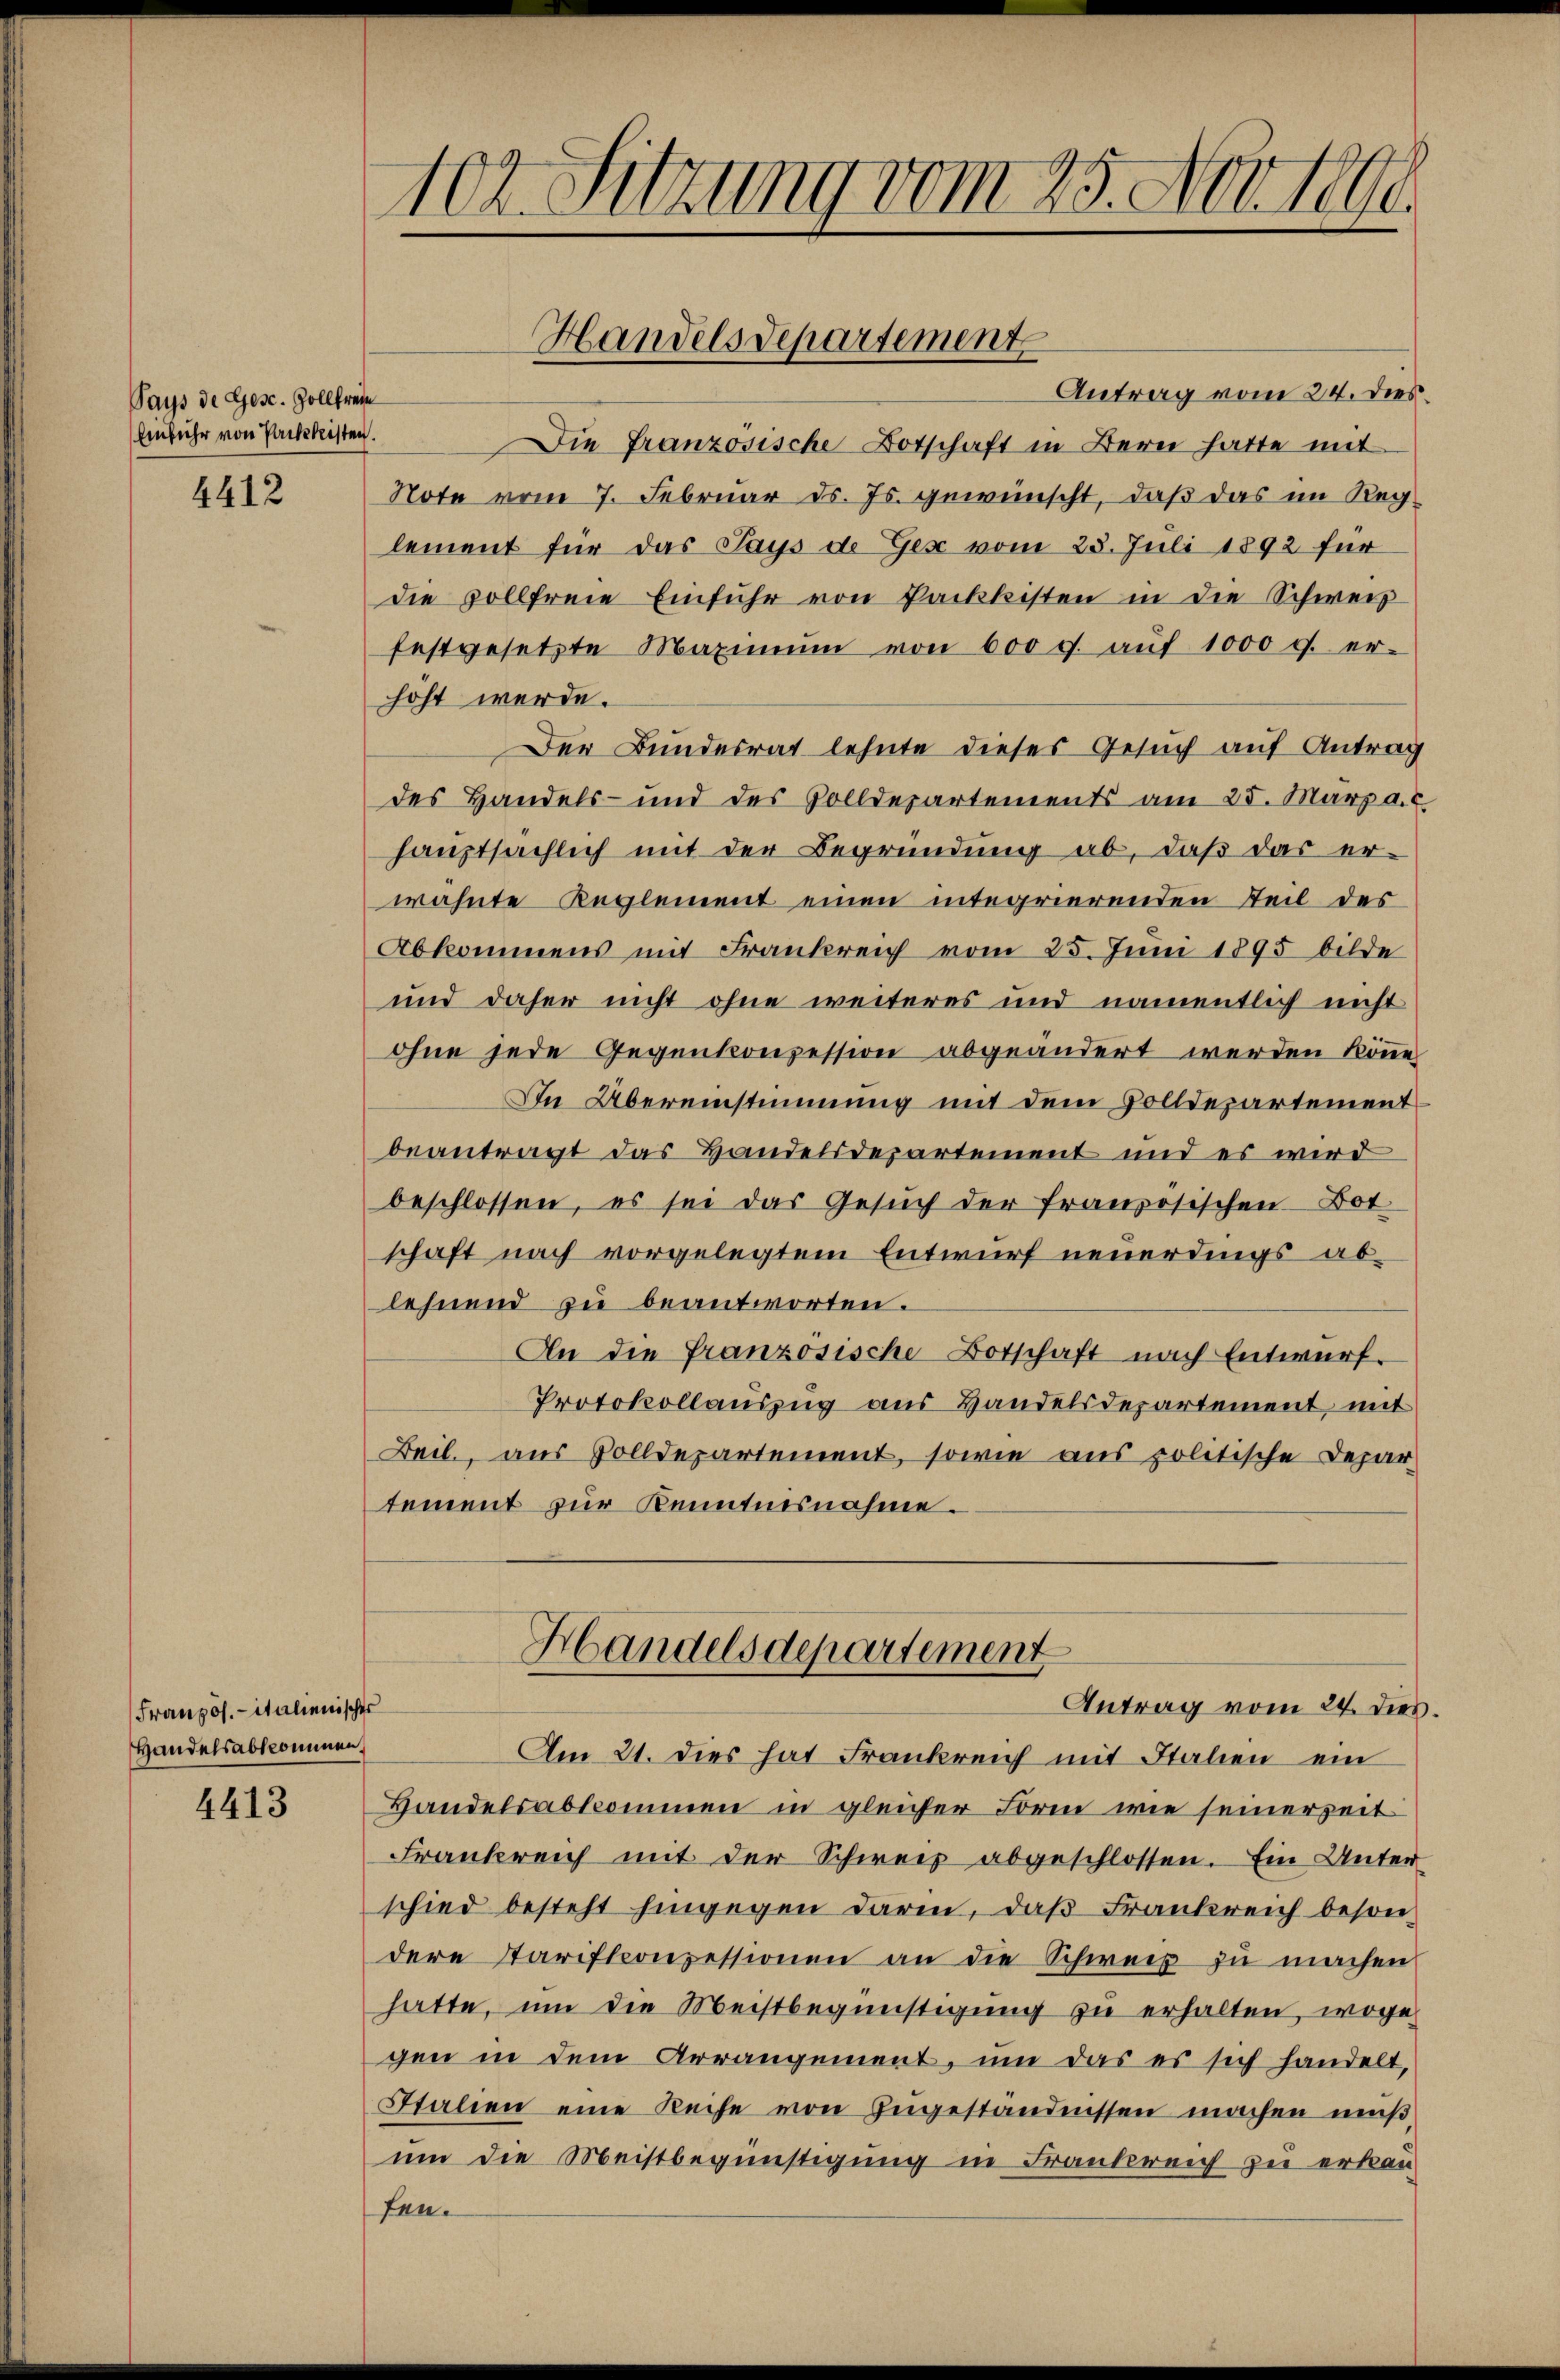
Pays de Ges. Zollfreie
Einführ von Packeleisten.

4412

Französ. - italienischer
Handelsabkommen,

4413

102. Sitzung vom 25. Nov. 1890.

Antrag vom 24. dies
Die Französische Botschaft in Bern hatte mit
Note vom 7. Februar d. Js. gewünscht, daß das im Reg
lement für das Pays de Gese vom 23. Juli 1892 für
die vollfreie Einführ von Packkisten in die Schweiz
festgesetzte Maximŭm von 600 f. aŭf 1000 g. er-
höht werde.
Der Bundesrat lehnte dieses Gesuch auf Antrag
des Handels- und des Volldepartements am 25. März a.c.
hauptsächlich mit der Begründung ab, daß das er-
wähnte Reglement einen integrierenden Teil des
Abkommens mit Frankreich vom 25. Juni 1895 bilde
und daher nicht ohne weiteres und namentlich nicht
ohne jede Gegenkonzession abgeändert werden könne,
In Übereinstimmung mit dem Volldepartement
beantragt das Handelsdepartement und es wird
beschlossen, es sei das Gesŭch der französischen Bot
schaft nach vorgelegtem Entwurf neuerdings ablehnend zŭ beantworten.
An die Franzosische Botschaft nach Entwurf.
Protokollauszug aus Handelsdepartement mit
Beil, aus Volldepartement, sowie aus politische Depar
tement zur Kenntnisnahme.
Handelsdepartement
Antrag vom 24. dies
Am 21. Dies hat Frankreich mit Italien ein
Handelsabkommen in gleicher Form wie seinerzeit
Frankreich mit der Schweiz abgeschlossen. Ein Unter
schied besteht hingegen darin, daß Frankreich besondere Tariftconzessionen an die Schweiz zu machen
hatte, um die Meistbegünstigung zu erhalten, woge
gen in dem Arrangement, um das es sich handelt,
Italien eine Reihe von Zugeständnissen machen muß
um die Meistbegünstigung in Frankreich zu erkan
fen.

Handelsdepartement